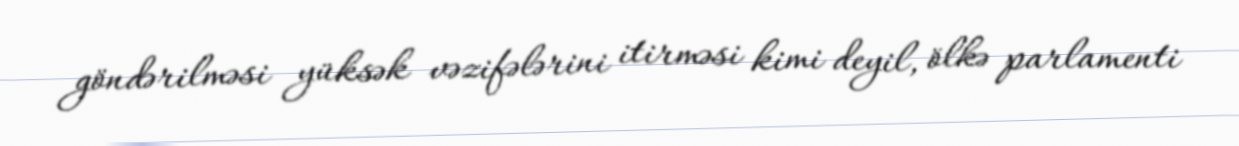
göndərilməsi yüksək vəzifələrini itirməsi kimi deyil, ölkə parlamenti